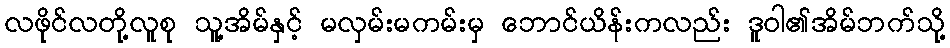
လဖိုင်လတို့လူစု သူ့အိမ်နှင့် မလှမ်းမကမ်းမှ ဘောင်ယိန်းကလည်း ဒူဝါ၏အိမ်ဘက်သို့